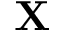
\mathbf X